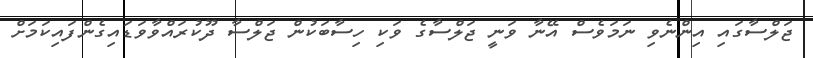
ޖަލްސާގައި އިންނެވި ނަމަވެސް އޭނާ ވަނީ ޖަލްސާގެ ވަކި ހިސާބަކުން ޖަލްސާ ދޫކުރައްވާވަޑައިގެންފައިކަމަށް